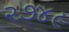
૨૭૪૯